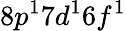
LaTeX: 8p^{1}7d^{1}6f^{1}